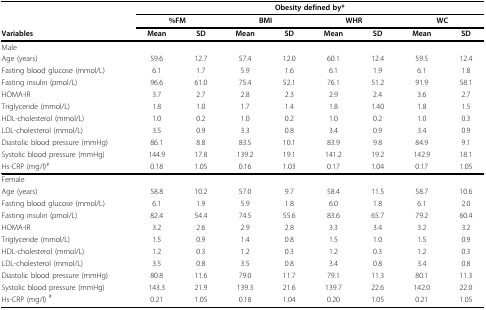
<table><thead><tr><td></td><td colspan="8"><b>Obesity defined by*</b></td></tr><tr><td></td><td colspan="2"><b>%FM</b></td><td colspan="2"><b>BMI</b></td><td colspan="2"><b>WHR</b></td><td colspan="2"><b>WC</b></td></tr><tr><td><b>Variables</b></td><td><b>Mean</b></td><td><b>SD</b></td><td><b>Mean</b></td><td><b>SD</b></td><td><b>Mean</b></td><td><b>SD</b></td><td><b>Mean</b></td><td><b>SD</b></td></tr></thead><tbody><tr><td>Male</td><td></td><td></td><td></td><td></td><td></td><td></td><td></td><td></td></tr><tr><td>Age (years)</td><td>59.6</td><td>12.7</td><td>57.4</td><td>12.0</td><td>60.1</td><td>12.4</td><td>59.5</td><td>12.4</td></tr><tr><td>Fasting blood glucose (mmol/L)</td><td>6.1</td><td>1.7</td><td>5.9</td><td>1.6</td><td>6.1</td><td>1.9</td><td>6.1</td><td>1.8</td></tr><tr><td>Fasting insulin (pmol/L)</td><td>96.6</td><td>61.0</td><td>75.4</td><td>52.1</td><td>76.1</td><td>51.2</td><td>91.9</td><td>58.1</td></tr><tr><td>HOMA-IR</td><td>3.7</td><td>2.7</td><td>2.8</td><td>2.3</td><td>2.9</td><td>2.4</td><td>3.6</td><td>2.7</td></tr><tr><td>Triglyceride (mmol/L)</td><td>1.8</td><td>1.0</td><td>1.7</td><td>1.4</td><td>1.8</td><td>1.40</td><td>1.8</td><td>1.5</td></tr><tr><td>HDL-cholesterol (mmol/L)</td><td>1.0</td><td>0.2</td><td>1.0</td><td>0.2</td><td>1.0</td><td>0.2</td><td>1.0</td><td>0.3</td></tr><tr><td>LDL-cholesterol (mmol/L)</td><td>3.5</td><td>0.9</td><td>3.3</td><td>0.8</td><td>3.4</td><td>0.9</td><td>3.4</td><td>0.9</td></tr><tr><td>Diastolic blood pressure (mmHg)</td><td>86.1</td><td>8.8</td><td>83.5</td><td>10.1</td><td>83.9</td><td>9.8</td><td>84.9</td><td>9.1</td></tr><tr><td>Systolic blood pressure (mmHg)</td><td>144.9</td><td>17.8</td><td>139.2</td><td>19.1</td><td>141.2</td><td>19.2</td><td>142.9</td><td>18.1</td></tr><tr><td>Hs-CRP (mg/l)<sup>#</sup></td><td>0.18</td><td>1.05</td><td>0.16</td><td>1.03</td><td>0.17</td><td>1.04</td><td>0.17</td><td>1.05</td></tr><tr><td>Female</td><td colspan="8"></td></tr><tr><td>Age (years)</td><td>58.8</td><td>10.2</td><td>57.0</td><td>9.7</td><td>58.4</td><td>11.5</td><td>58.7</td><td>10.6</td></tr><tr><td>Fasting blood glucose (mmol/L)</td><td>6.1</td><td>1.9</td><td>5.9</td><td>1.8</td><td>6.0</td><td>1.8</td><td>6.1</td><td>2.0</td></tr><tr><td>Fasting insulin (pmol/L)</td><td>82.4</td><td>54.4</td><td>74.5</td><td>55.6</td><td>83.6</td><td>65.7</td><td>79.2</td><td>60.4</td></tr><tr><td>HOMA-IR</td><td>3.2</td><td>2.6</td><td>2.9</td><td>2.8</td><td>3.3</td><td>3.4</td><td>3.2</td><td>3.2</td></tr><tr><td>Triglyceride (mmol/L)</td><td>1.5</td><td>0.9</td><td>1.4</td><td>0.8</td><td>1.5</td><td>1.0</td><td>1.5</td><td>0.9</td></tr><tr><td>HDL-cholesterol (mmol/L)</td><td>1.2</td><td>0.3</td><td>1.2</td><td>0.3</td><td>1.2</td><td>0.3</td><td>1.2</td><td>0.3</td></tr><tr><td>LDL-cholesterol (mmol/L)</td><td>3.5</td><td>0.8</td><td>3.5</td><td>0.8</td><td>3.4</td><td>0.8</td><td>3.4</td><td>0.8</td></tr><tr><td>Diastolic blood pressure (mmHg)</td><td>80.8</td><td>11.6</td><td>79.0</td><td>11.7</td><td>79.1</td><td>11.3</td><td>80.1</td><td>11.3</td></tr><tr><td>Systolic blood pressure (mmHg)</td><td>143.3</td><td>21.9</td><td>139.3</td><td>21.6</td><td>139.7</td><td>22.6</td><td>142.0</td><td>22.0</td></tr><tr><td>Hs-CRP (mg/l) <sup>#</sup></td><td>0.21</td><td>1.05</td><td>0.18</td><td>1.04</td><td>0.20</td><td>1.05</td><td>0.21</td><td>1.05</td></tr></tbody></table>